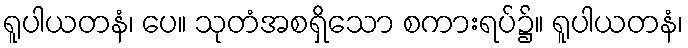
ရူပါယတနံ၊ ပေ။ သုတံအစရှိသော စကားရပ်၌။ ရူပါယတနံ၊